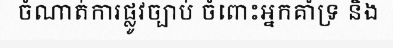
ចំណាត់ការផ្លូវច្បាប់ ចំពោះអ្នកគាំទ្រ និង